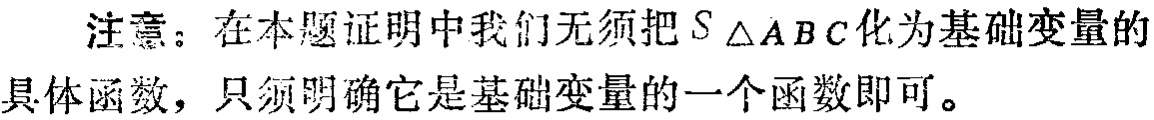
注意：在本题证明中我们无须把\(S_{\triangle ABC}\)化为基础变量的具体函数，只须明确它是基础变量的一个函数即可。